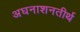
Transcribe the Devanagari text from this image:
अघनाशनतीर्थ